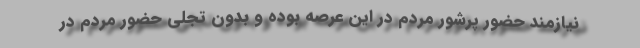
نیازمند حضور پرشور مردم در این عرصه بوده و بدون تجلی حضور مردم در